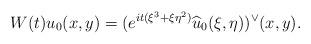
LaTeX: \begin{align*} W(t)u_0(x,y)= ( e^{it (\xi^3 + \xi \eta^2)}\widehat{u}_0(\xi, \eta))^{\lor}(x,y). \end{align*}